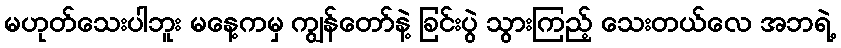
မဟုတ်သေးပါဘူး မနေ့ကမှ ကျွန်တော်နဲ့ ခြင်းပွဲ သွားကြည့် သေးတယ်လေ အဘရဲ့